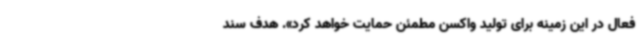
فعال در این زمینه برای تولید واکسن مطمئن حمایت خواهد کرد». هدف سند